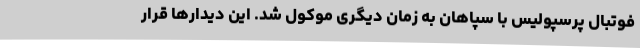
فوتبال پرسپولیس با سپاهان به زمان دیگری موکول شد. این دیدارها قرار